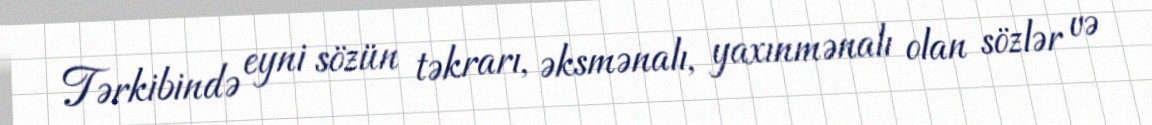
Tərkibində eyni sözün təkrarı, əksmənalı, yaxınmənalı olan sözlər və